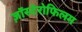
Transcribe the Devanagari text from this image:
ज़ॉस्टेरोफिलम